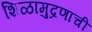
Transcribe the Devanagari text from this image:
शिळामुद्रणाची